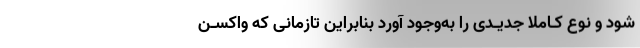
شود و نوع کـاملا جدیـدی را به‌وجود آورد بنابراین تازمانی که واکسـن